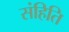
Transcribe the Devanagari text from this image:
संहिति